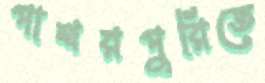
পাথরপুরিতে